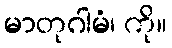
မာတုဂါမံ၊ ကို။